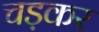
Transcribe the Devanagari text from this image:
चड़कर